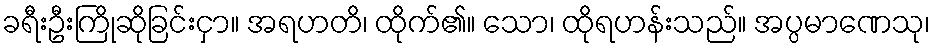
ခရီးဦးကြိုဆိုခြင်းငှာ။ အရဟတိ၊ ထိုက်၏။ သော၊ ထိုရဟန်းသည်။ အပ္ပမာဏေသု၊